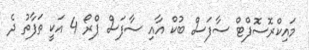
މައިކްރޮސޮފްޓް ސާފަސް ބުކް އާއި ސާފަސް ޕްރޯ 4 އަކީ ތަފާތު ދެ